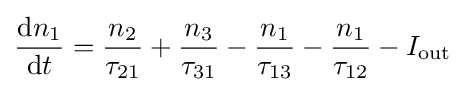
{\frac {\mathrm {d} n_{1}}{\mathrm {d} t}}={\frac {n_{2}}{\tau _{21}}}+{\frac {n_{3}}{\tau _{31}}}-{\frac {n_{1}}{\tau _{13}}}-{\frac {n_{1}}{\tau _{12}}}-I_{\mathrm {out} }